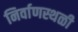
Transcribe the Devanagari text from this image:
निर्वाणस्थळी